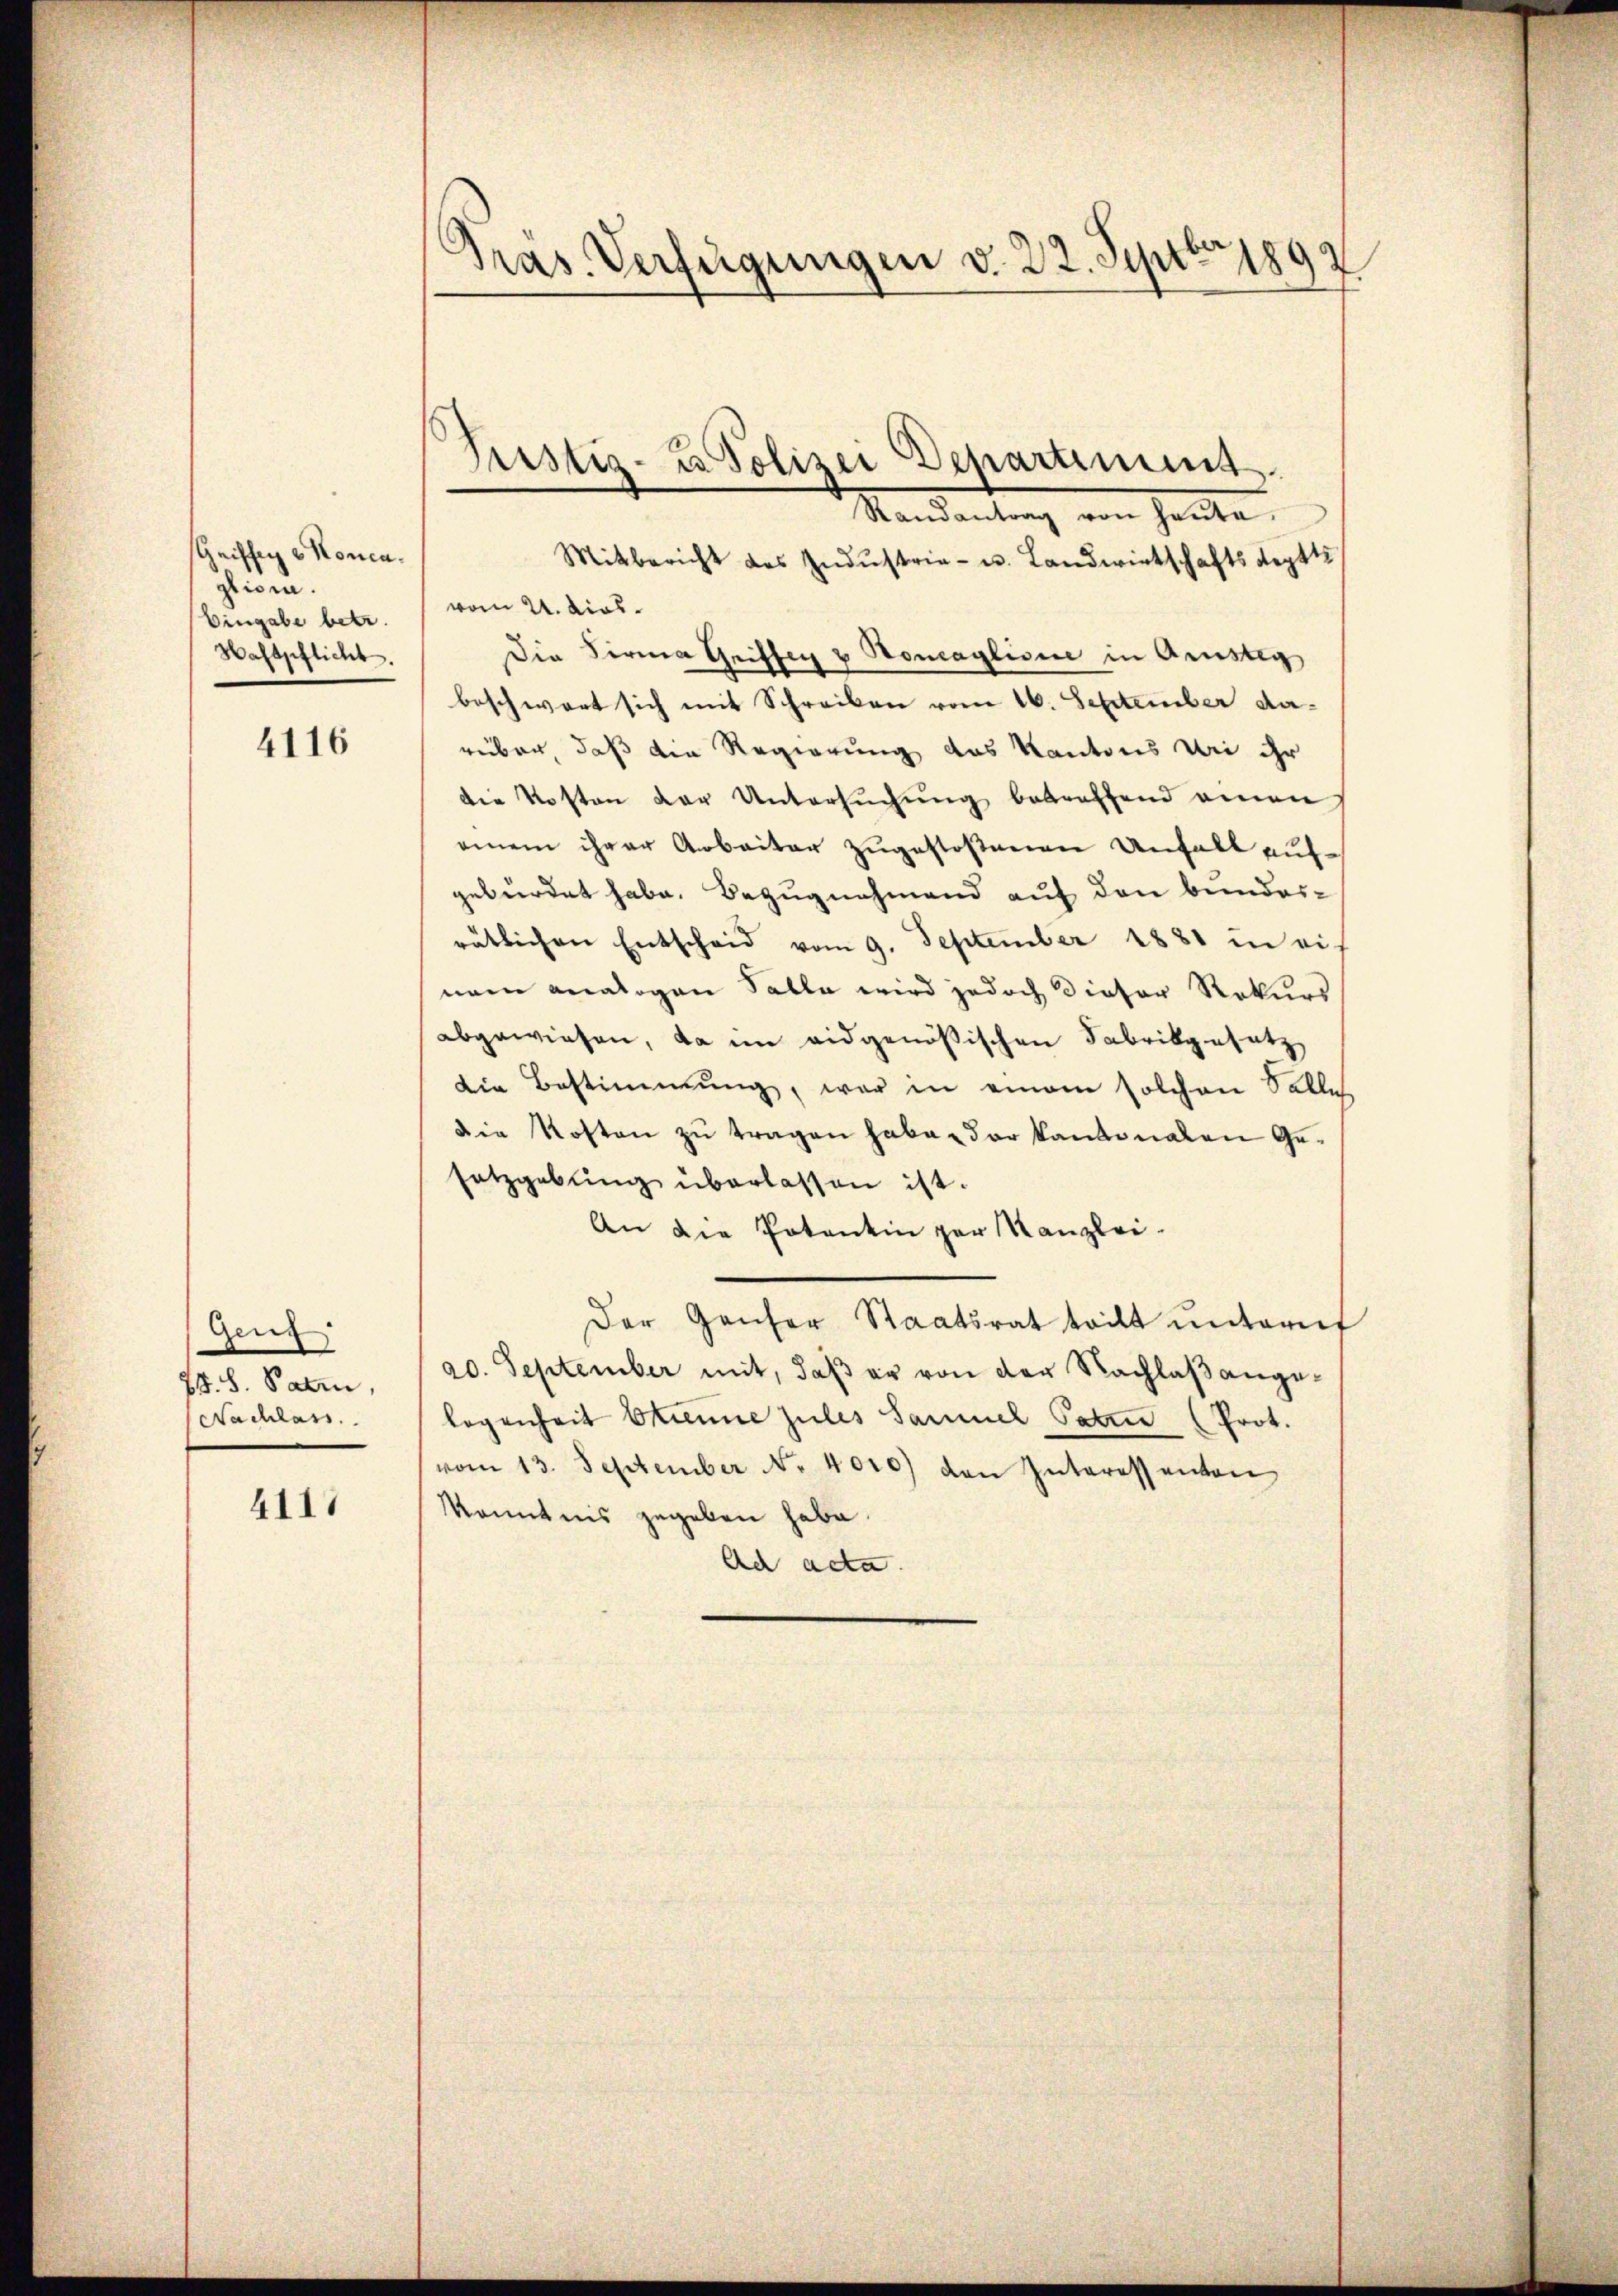
schriffig Konca.
gligen.
Eingabe betr.
Haftpflicht.

4116

Geut
2
78. S. Paten,
Nachlass

4111

Randantrag von heŭte.
Mitbericht des Indŭstria- u. Landwirtschaftsdeptts
vom 24. dies
Die Firma Greiffen & Honaglisie in Arnsteg
beschwart sich mit Schreiben vom 16. September darüber, daß die Regierung des Kantons die ihr
die Kosten der Untersŭchŭng betreffend einen
einem ihrer Arbeiter zugestoßenen Unfall aufgebürdet habe. Bezugnahmend auf den bunderrätlichen Entscheid vom 9. September 1881 in ei-
nam analogen Falle wird jedoch dieser Rekurs
abgewiesen, da im eidgenößischen Fabrikgesetz
die Bestimmung, war in einem solchen Salles
Die Kosten zu tragen habe, der kantonalen Gesatzgebung überlassen ist.
An die Potentin par Kanzlei-
Der Hauser Staatsrat teilt unterf
20. September mit, daβ er von der Nachlaβ angelogenheit Strenne zules Samuel Paten (Prot.
vom 13. September No. 4010) den Interessanton
Kenntnis gegeben habe.
Ad acta.

s
Präs. Verfügungen v. 22. Septbr 1892

Justiz- u Polizei Departimes